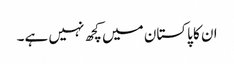
ان کا پاکستان میں کچھ نہیں ہے۔